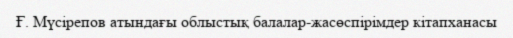
Ғ. Мүсірепов атындағы облыстық балалар-жасөспірімдер кітапханасы